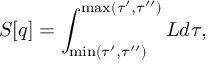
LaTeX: S [ q ] = \int _ { \operatorname * { m i n } ( \tau ^ { \prime } , \tau ^ { \prime \prime } ) } ^ { \operatorname * { m a x } ( \tau ^ { \prime } , \tau ^ { \prime \prime } ) } L d \tau ,